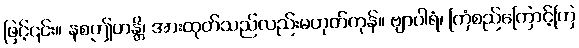
ဖြင့်၎င်း။ နစဤဟန္တိ၊ အားထုတ်သည်လည်းမဟုတ်ကုန်။ ဗျာပါရံ၊ ကြံစည်ကြောင့်ကြ